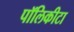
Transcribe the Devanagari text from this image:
पॉलिकीटा